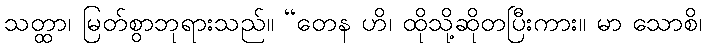
သတ္ထာ၊ မြတ်စွာဘုရားသည်။ “တေန ဟိ၊ ထိုသို့ဆိုတပြီးကား။ မာ သောစိ၊